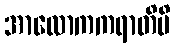
အာလောကကရာတိပိ